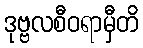
ဒုဗ္ဗလစီဝရာမှီတိ